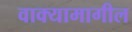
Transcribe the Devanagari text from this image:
वाक्यामागील